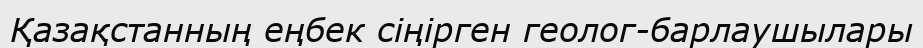
Қазақстанның еңбек сіңірген геолог-барлаушылары